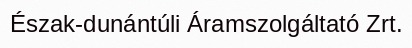
Észak-dunántúli Áramszolgáltató Zrt.